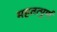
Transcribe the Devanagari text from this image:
महतत्पुर्ण